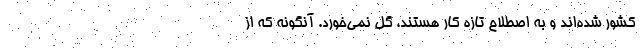
کشور شده‌اند و به اصطلاح تازه کار هستند، گل نمی‌خورد. آنگونه که از